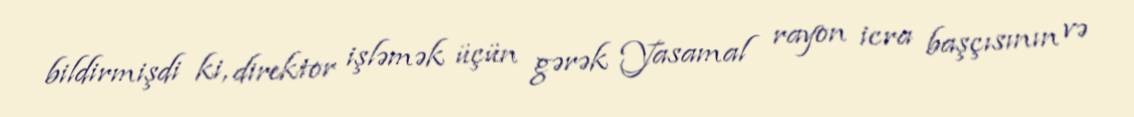
bildirmişdi ki, direktor işləmək üçün gərək Yasamal rayon icra başçısının və